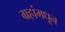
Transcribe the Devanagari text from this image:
ग्रहांमधून